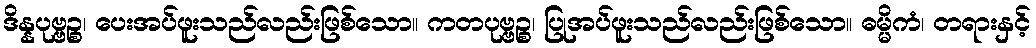
ဒိန္နပုဗ္ဗဉ္စ၊ ပေးအပ်ဖူးသည်လည်းဖြစ်သော။ ကတပုဗ္ဗဉ္စ၊ ပြုအပ်ဖူးသည်လည်းဖြစ်သော။ ဓမ္မိကံ၊ တရားနှင့်